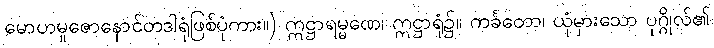
မောဟမူဇောနောင်တဒါရုံဖြစ်ပုံကား။) ဣဋ္ဌာရမ္မဏေ၊ ဣဋ္ဌာရုံ၌။ ကင်္ခတော၊ ယုံမှားသော ပုဂ္ဂိုလ်၏